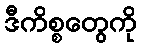
ဒီကိစ္စတွေကို